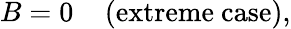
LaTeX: B=0\; \; \; \; \mathrm{(extreme~case)},